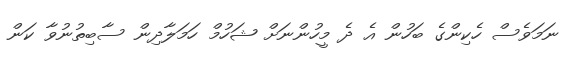
ނަމަވެސް ހެކިންގެ ބަހުން އެ ދެ މީހުންނަށް ޝަހުމް ހަމަލާދިން ސާބިތުނުވާ ކަން